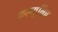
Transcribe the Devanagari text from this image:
कल्गूर्लिए